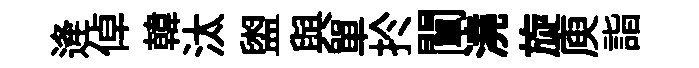
逄倬韓汰盥與單扵闡澆旋庾詣